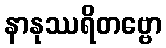
နာနုဿရိတဗ္ဗော